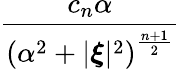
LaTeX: \frac{c_{n}\alpha}{\left(\alpha^{2}+|{\boldsymbol{\xi}}|^{2}\right)^{\frac{n+1}{2}}}